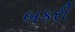
બકરી